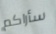
سأراكم